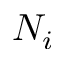
N _ { i }